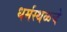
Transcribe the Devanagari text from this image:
धर्मस्थळचे